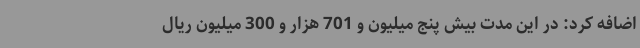
اضافه کرد: در این مدت بیش پنج میلیون و 701 هزار و 300 میلیون ریال